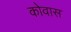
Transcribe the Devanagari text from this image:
कोवास